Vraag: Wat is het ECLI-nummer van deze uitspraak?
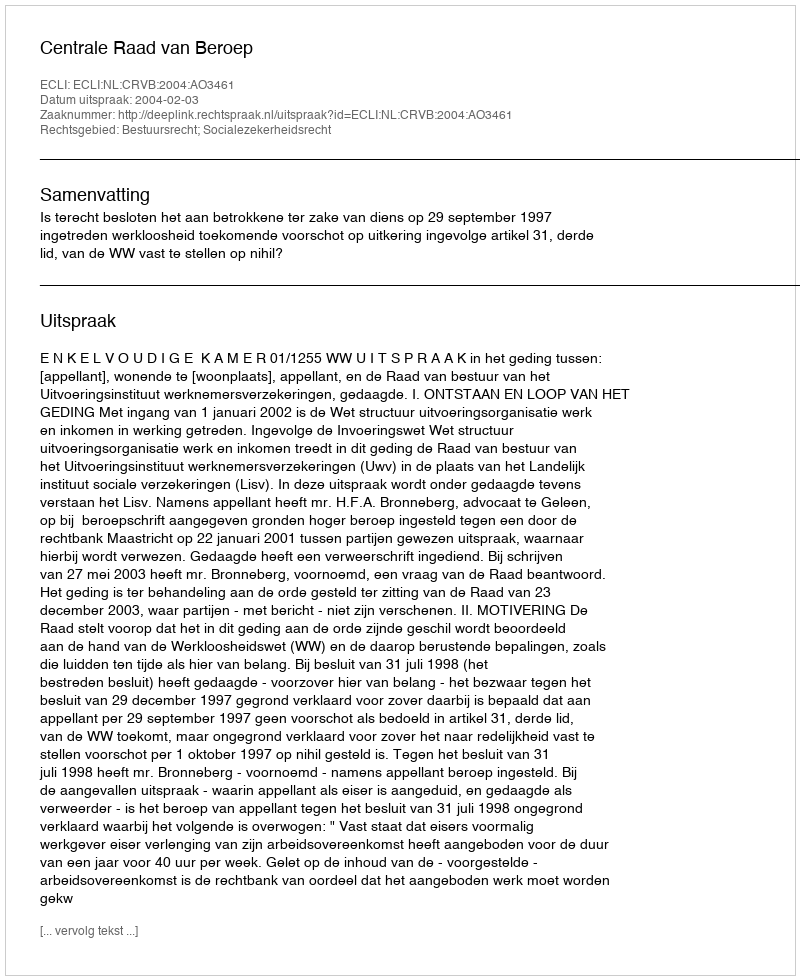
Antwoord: ECLI:NL:CRVB:2004:AO3461